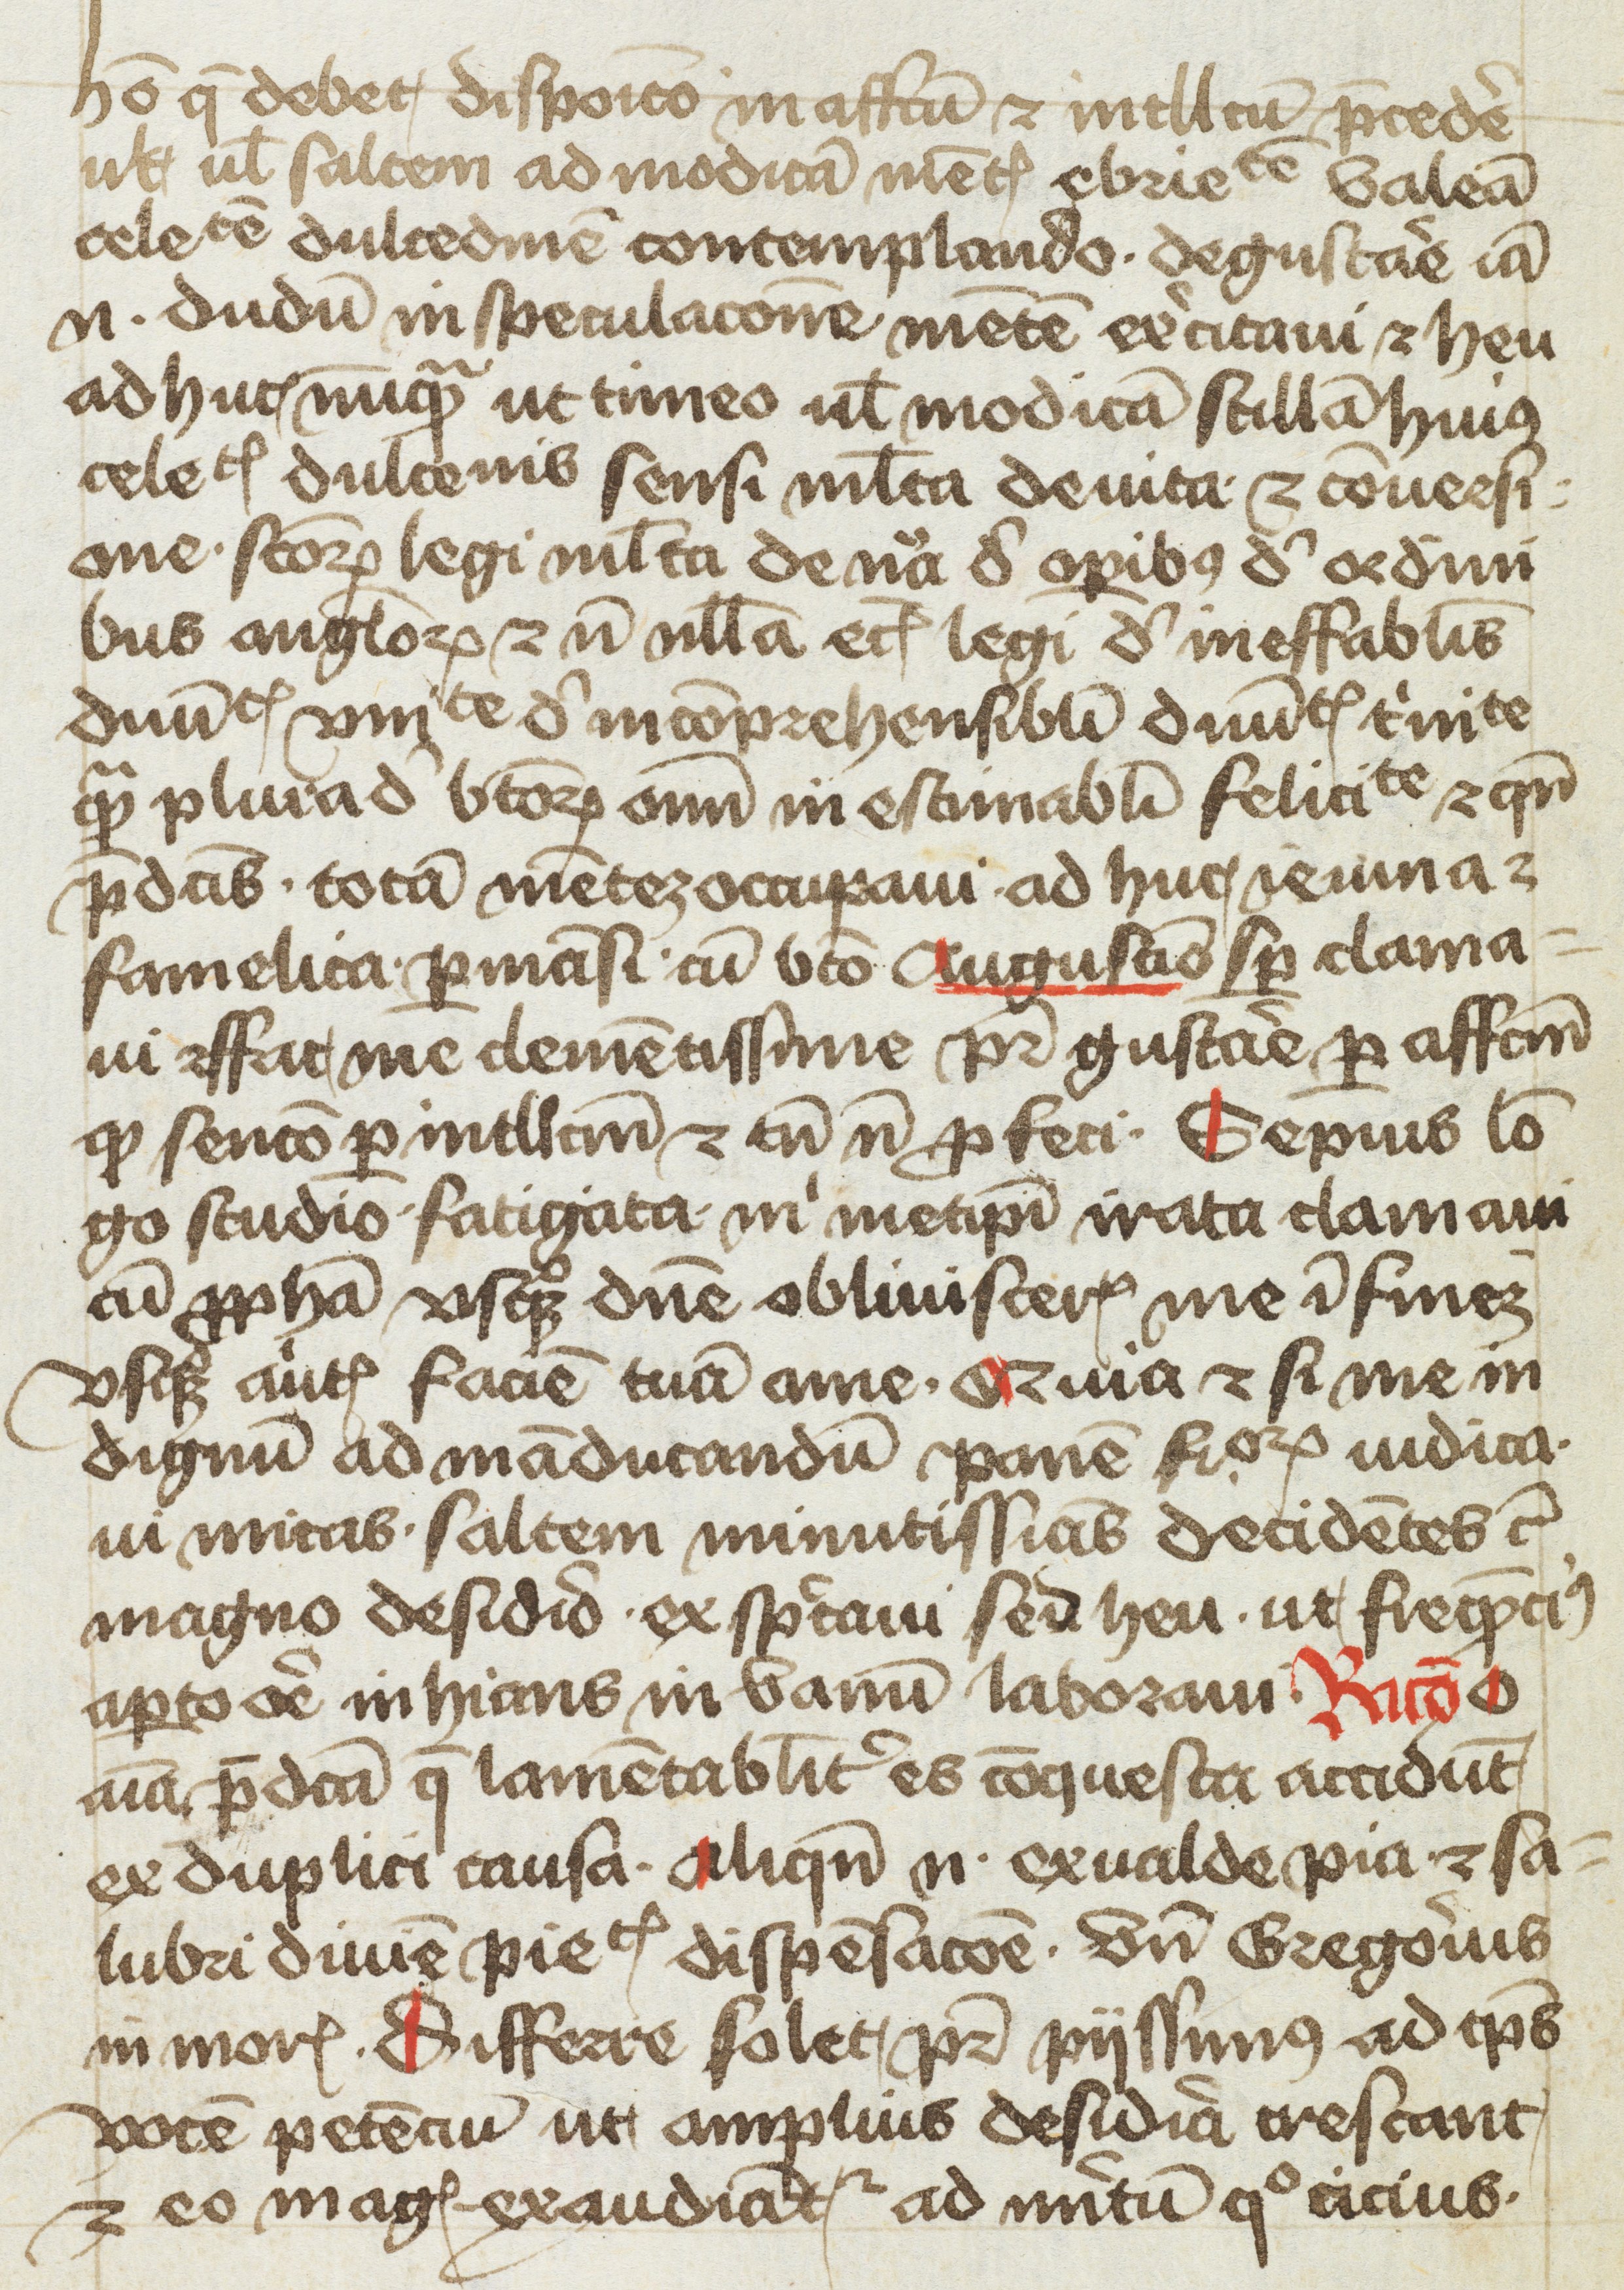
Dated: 1400–1499